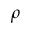
\rho